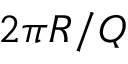
2 \pi R / Q